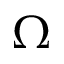
\Omega